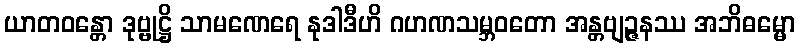
ယာတဝန္တော ဒုဗ္ဗုဋ္ဌိ သာမဏေရေ နုဒါဒီဟိ ဂဟဏသမ္ဘဝတော အန္တဗျဉ္ဇနဿ အဘိဓမ္မော